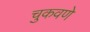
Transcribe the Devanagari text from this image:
चुकवणे